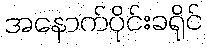
အနောက်ပိုင်းခရိုင်